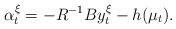
LaTeX: \begin{align*}\alpha_t^{\xi}=-R^{-1}By_t^{\xi}-h(\mu_t).\end{align*}